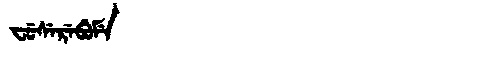
Manchu: ᠸᡠᠰᡝᡵᡝᠪᡠᠮᡝ
Romanization: FUSEREBUME